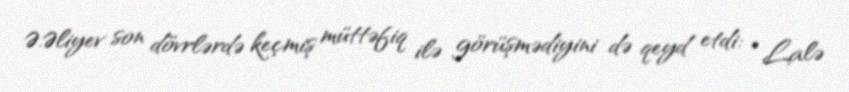
Ə.Əliyev son dövrlərdə keçmiş müttəfiq ilə görüşmədiyini də qeyd etdi: “Lalə